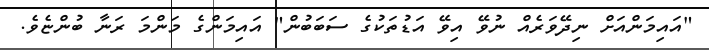
"އައިމަންއަށް ނިދޭވަރެއް ނުވޭ އިވޭ އަޑުތަކުގެ ސަބަބުން" އައިމަންގެ މަންމަ ރަނާ ބުންޏެވެ.